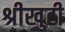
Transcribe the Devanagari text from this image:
श्रीखुटी